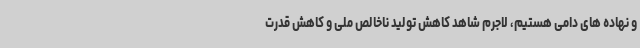
و نهاده های دامی هستیم، لاجرم شاهد کاهش تولید ناخالص ملی و کاهش قدرت